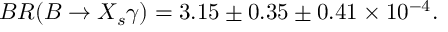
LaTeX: B R ( B \to X _ { s } \gamma ) = 3 . 1 5 \pm 0 . 3 5 \pm 0 . 4 1 \times 1 0 ^ { - 4 } .